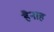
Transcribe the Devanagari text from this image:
हैनाह